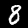
Label: 8